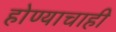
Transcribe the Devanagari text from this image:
होण्याचाही